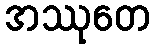
အဿုတေ